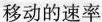
移动的速率